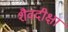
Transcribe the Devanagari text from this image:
शैवदीक्षा